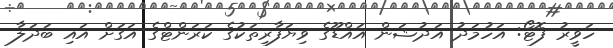
ހަވީރު ފޮޓޯ: އަހުމަދު އަދުޝަން އައްޑޫގެ ވިޔަފާރިތަކުގެ ކަރަންޓްގެ އަގަށް އައި ބަދަލާ